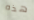
هذه